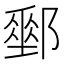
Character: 𨞄